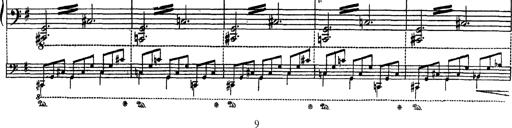
Title: AnnÃ©es de PÃ¨lerinage III
Composer: Franz Liszt